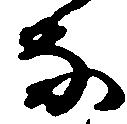
な